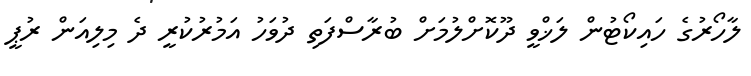
ލާހޯރުގެ ހައިކޯޓުން ލަޚްވީ ދޫކޮށްލުމަށް ބުރާސްފަތި ދުވަހު އަމުރުކުރީ ދެ މިލިއަން ރުޕީ